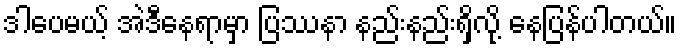
ဒါပေမယ့် အဲဒီနေရာမှာ ပြဿနာ နည်းနည်းရှိလို့ နေပြန်ပါတယ်။